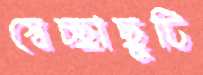
স্বেচ্ছাছুটি